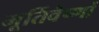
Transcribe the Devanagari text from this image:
मूर्तिवैष्णों